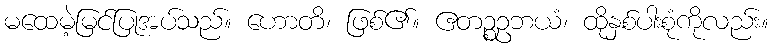
မထေမဲ့မြင်ပြုအပ်သည်။ ဟောတိ၊ ဖြစ်၏။ ဧတဉ္စဥဘယံ၊ ထိုနှစ်ပါးစုံကိုလည်း။